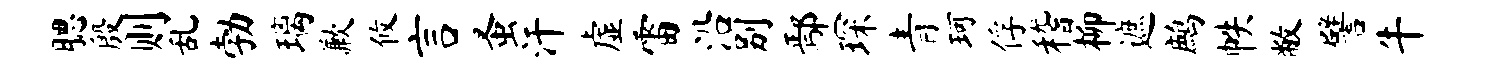
腮殷则乱勃璃歉攸言蚤汗虚雷沿别鄢琛青珂俘稽柳遮鹧帙敝譬牛